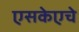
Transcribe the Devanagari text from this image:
एसकेएचे